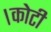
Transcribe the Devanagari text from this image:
।कोटी